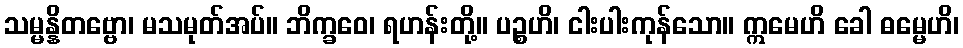
သမ္မန္နိတဗ္ဗော၊ မသမုတ်အပ်။ ဘိက္ခဝေ၊ ရဟန်းတို့။ ပဉ္စဟိ၊ ငါးပါးကုန်သော။ ဣမေဟိ ခေါ ဓမ္မေဟိ၊